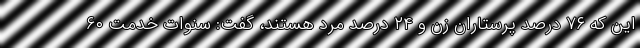
این که ۷۶ درصد پرستاران زن و ۲۴ درصد مرد هستند، گفت: سنوات خدمت ۶۰